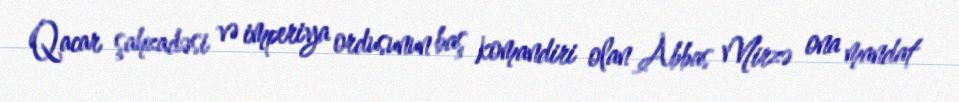
Qacar şahzadəsi və imperiya ordusunun baş komandiri olan Abbas Mirzə ona mandat